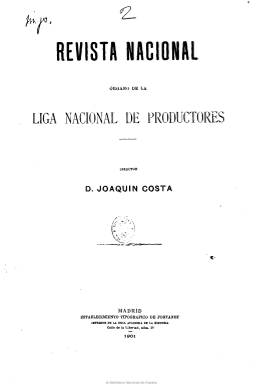
Título: Revista nacional (Madrid. 1899)
Colección: Industria
Ámbito geográfico: Madrid
Lugar de publicación: Madrid
Fechas: 10/04/1899-31/03/1900

Fundada y dirigida por el mayor representante del movimiento intelectual español conocido como regenaracionismo, Joaquín Costa (1846-1911), como órgano de expresión de la Liga Nacional de Productores, que había también fundado en Zaragoza en 1899, junto a las cámaras de comercio, capitaneadas por Basilio Paraíso (1849-1930), y que al siguiente año dará paso, junto a la Liga Agraria, liderada por Santiago Alba (1872-1949), a la Unión Nacional, partido político de corta vida.

En entregas quincenales de entre 16 y 32 páginas, que algunas veces sobrepasa, se conocen hasta un total de 23 números, publicados desde el 10 de abril de 1899 hasta el 31 de marzo de 1900. El primero comienza con el Manifiesto de la Liga, de la que se ha dicho que quizás represente el único rigoroso movimiento que tras el desastre del 98 quiso analizarlo y plantear medidas para remediar sus causas y desde una “defensa de la representación política corporativa”. A través de sus páginas se puede conocer gran parte de la historia del mismo, y cada entrega incluye una Crónica que va dando cuenta de su desarrollo y actividades, probablemente escrita por el propio Costa. Reproduce los discursos de sus principales artífices, difunde sus programas políticos y noticias varias sobre su implantación y evolución. Incluye también la sección Gaceta de la Liga y Libros recibidos.

En sus páginas se plantean cuestiones como la hidráulica y presenta el plan general de canales propuesto por la Liga; los problemas financieros, bajo la firma de José María Piernas (1843-1911); la reforma de la educación nacional, por el marqués de Palomares de Duero; la reorganización militar, por Genaro Alas; la regeneración y tutela social, por Juan Bautista Colbert, o la de la Administración del Estado o la del regionalismo, firmada por el propio Costa. También va publicando los juicios que la prensa coetánea va expresando sobre el citado movimiento regenerador en torno a la Liga. Publica asimismo trabajos de Francisco Giner de los Ríos (1839-1915) y Rafael María de Labra (1840-1918), junto a otros hombres representativos en torno a la Institución Libre de Enseñanza, como lo es también Telesforo García (1844-1918). Al final de cada entrega ofrece una relación de suscriptores y personas afiliadas y que contribuyen a los gastos de esta Liga de la que Costa era también director.